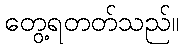
တွေ့ရတတ်သည်။